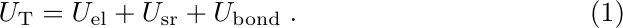
\begin{equation}
\label{eq:UT}
U_{\rm T} = U_{\rm el} + U_{\rm sr} + U_{\rm bond} \; .
\end{equation}